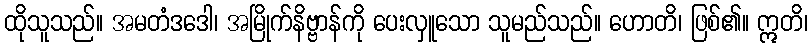
ထိုသူသည်။ အမတံဒဒေါ၊ အမြိုက်နိဗ္ဗာန်ကို ပေးလှူသော သူမည်သည်။ ဟောတိ၊ ဖြစ်၏။ ဣတိ၊